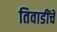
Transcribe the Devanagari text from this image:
तिवाडींचे